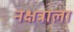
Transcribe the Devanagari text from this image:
नक्षत्राला